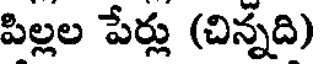
పిల్లల పేర్లు (చిన్నది)